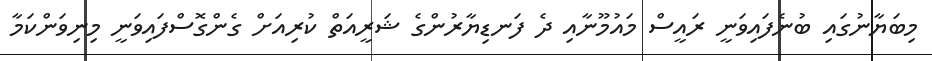
މިބަޔާނުގައި ބުނެފައިވަނީ ރައީސް މައުމޫނާއި ދެ ފަނޑިޔާރުންގެ ޝަރީއަތް ކުރިއަށް ގެންގޮސްފައިވަނީ މިނިވަންކަމާ